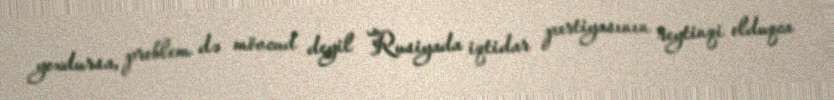
yoxdursa, problem də mövcud deyil Rusiyada iqtidar partiyasının reytinqi olduqca